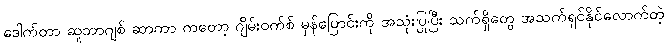
ဒေါက်တာ ဆူဘာဂျစ် ဆာကာ ကတော့ ဂျိမ်းဝက်စ် မှန်ပြောင်းကို အသုံးပြုပြီး သက်ရှိတွေ အသက်ရှင်နိုင်လောက်တဲ့